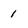
Character: 1